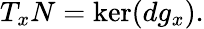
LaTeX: T_{x}N=\ker(dg_{x}).